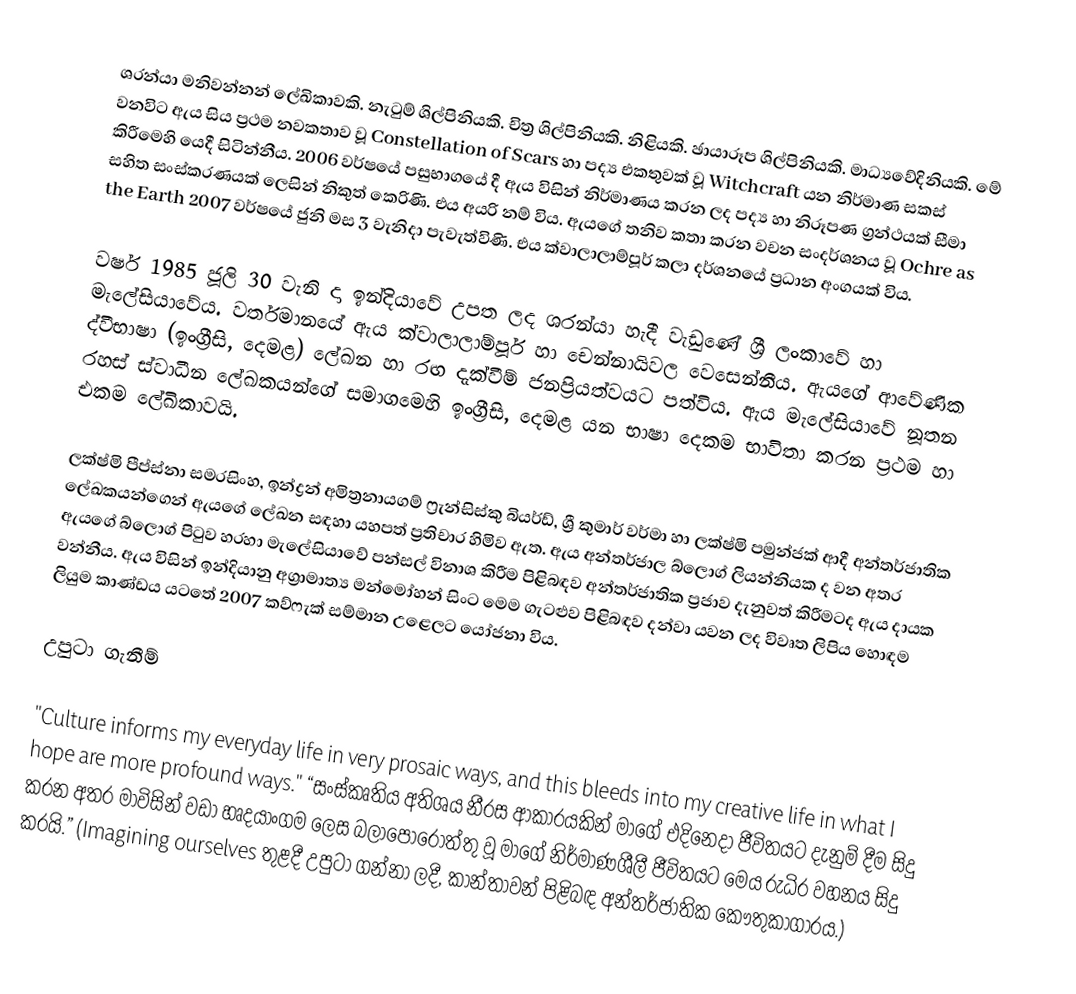
ශරන්යා මනිවන්නන් ලේඛිකාවකි. නැටුම් ශිල්පිනියකි. චිත්‍ර ශිල්පිනියකි. නිළියකි. ඡායාරූප ශිල්පිනියකි. මාධ්‍යවේදිනියකි. මේ වනවිට ඇය සිය ප්‍රථම නවකතාව වූ Constellation of Scars හා පද්‍ය එකතුවක් වූ Witchcraft යන නිර්මාණ සකස් කිරීමෙහි යෙදී සිටින්නීය. 2006 වර්ෂයේ පසුභාගයේ දී ඇය විසින් නිර්මාණය කරන ලද පද්‍ය හා නිරූපණ ග්‍රන්ථයක් සීමා සහිත සංස්කරණයක් ලෙසින් නිකුත් කෙරිණි. එය අයරි නම් විය. ඇයගේ තනිව කතා කරන වචන සංදර්ශනය වූ Ochre as the Earth 2007 වර්ෂයේ ජුනි මස 3 වැනිදා පැවැත්විණි. එය ක්වාලාලාම්පූර් කලා දර්ශනයේ ප්‍රධාන අංගයක් විය.

වර්ෂ 1985 ජූලි 30 වැනි දා ඉන්දියාවේ උපත ලද ශරන්යා හැදී වැඩුණේ ශ්‍රී ලංකාවේ හා මැලේසියාවේය. වර්තමානයේ ඇය ක්වාලාලාම්පූර් හා චෙන්නායිවල වෙසෙන්නීය. ඇයගේ ආවේණික ද්වීභාෂා (ඉංග්‍රීසි, දෙමළ) ලේඛන හා රඟ දැක්වීම් ජනප්‍රියත්වයට පත්විය. ඇය මැලේසියාවේ නූතන රහස් ස්වාධීන ලේඛකයන්ගේ සමාගමෙහි ඉංග්‍රීසි, දෙමළ යන භාෂා දෙකම භාවිතා කරන ප්‍රථම හා එකම ලේඛිකාවයි.

ලක්ෂ්මි පීප්ස්නා සමරසිංහ, ඉන්ද්‍රන් අමිත්‍රනායගම් ෆ්‍රැන්සිස්කු බියර්ඩ්, ශ්‍රී කුමාර් වර්මා හා ලක්ෂ්මි පමුන්ජක් ආදී අන්තර්ජාතික ලේඛකයන්ගෙන් ඇයගේ ලේඛන සඳහා යහපත් ප්‍රතිචාර හිමිව ඇත. ඇය අන්තර්ජාල බ්ලොග් ලියන්නියක ද වන අතර ඇයගේ බ්ලොග් පිටුව හරහා මැලේසියාවේ පන්සල් විනාශ කිරීම පිළිබඳව අන්තර්ජාතික ප්‍රජාව දැනුවත් කිරීමටද ඇය දායක වන්නීය. ඇය විසින් ඉන්දියානු අග්‍රාමාත්‍ය මන්මෝහන් සිංට මෙම ගැටළුව පිළිබඳව දන්වා යවන ලද විවෘත ලිපිය හොඳම ලියුම කාණ්ඩය යටතේ 2007 කව්ෆැක් සම්මාන උළෙලට යෝජනා විය.

උපුටා ගැනීම්

"Culture informs my everyday life in very prosaic ways, and this bleeds into my creative life in what I hope are more profound ways." “සංස්කෘතිය අතිශය නීරස ආකාරයකින් මාගේ එදිනෙදා ජීවිතයට දැනුම් දීම සිදු කරන අතර මාවිසින් වඩා හෘදයාංගම ලෙස බලාපොරොත්තු වූ මාගේ නිර්මාණශීලී ජීවිතයට මෙය රුධිර වහනය සිදු කරයි.” (Imagining ourselves තුළදී උපුටා ගන්නා ලදී, කාන්තාවන් පිළිබඳ අන්තර්ජාතික කෞතුකාගාරය.)